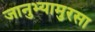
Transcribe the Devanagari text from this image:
जानुभ्यामुरसा